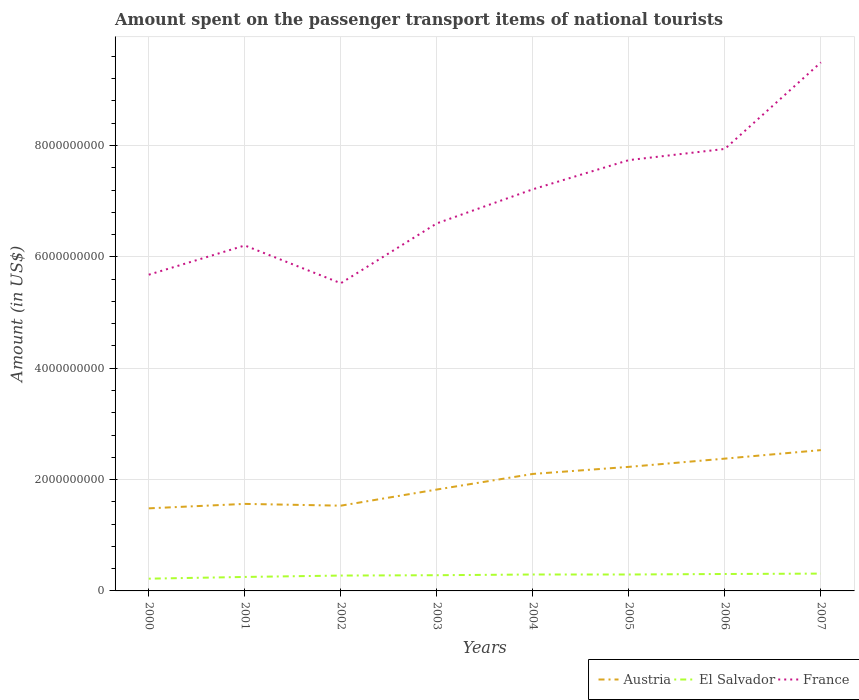
| Years | Austria | El Salvador | France |
 | --- | --- | --- | --- |
 | 2000 | 1.48e+09 | 2.2e+08 | 5.68e+09 |
 | 2001 | 1.56e+09 | 2.51e+08 | 6.2e+09 |
 | 2002 | 1.53e+09 | 2.76e+08 | 5.53e+09 |
 | 2003 | 1.82e+09 | 2.82e+08 | 6.6e+09 |
 | 2004 | 2.1e+09 | 2.95e+08 | 7.21e+09 |
 | 2005 | 2.23e+09 | 2.95e+08 | 7.74e+09 |
 | 2006 | 2.38e+09 | 3.04e+08 | 7.94e+09 |
 | 2007 | 2.53e+09 | 3.11e+08 | 9.49e+09 |